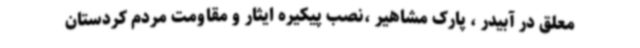
معلق در آبیدر ، پارک مشاهیر ،نصب پیکیره ایثار و مقاومت مردم کردستان